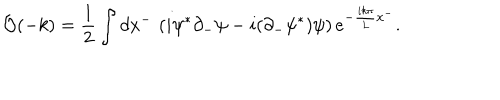
{ \cal O } ( - k ) = { \frac { 1 } { 2 } } \int d x ^ { - } \, \left( i \psi ^ { * } \partial _ { - } \psi - i ( \partial _ { - } \psi ^ { * } ) \psi \right) e ^ { - { \frac { i k \pi } { L } } x ^ { - } } .